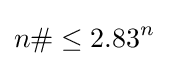
n\#\leq 2.83^{n}